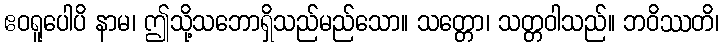
ဧဝရူပေါပိ နာမ၊ ဤသို့သဘောရှိသည်မည်သော။ သတ္တော၊ သတ္တဝါသည်။ ဘဝိဿတိ၊